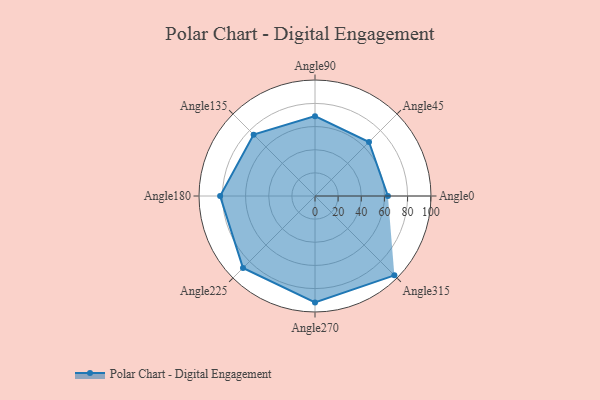
{"axis": {"x": "Angle", "y": "Radius"}, "legend": [""], "data": [{"x": "Angle0", "y": 63.0, "type": ""}, {"x": "Angle45", "y": 66.0, "type": ""}, {"x": "Angle90", "y": 69.0, "type": ""}, {"x": "Angle135", "y": 75.0, "type": ""}, {"x": "Angle180", "y": 82.0, "type": ""}, {"x": "Angle225", "y": 88.0, "type": ""}, {"x": "Angle270", "y": 92.0, "type": ""}, {"x": "Angle315", "y": 97.0, "type": ""}]}